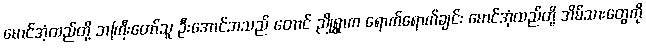
မောင်အံ့ထည်တို့ ဘကြီးတော်သူ ဦးအောင်ဘသည် တောင် ညိုရွာက ရောက်ရောက်ချင်း မောင်အုံထည်တို့ အိမ်သားတွေကို